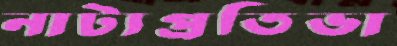
নাট্যপ্রতিভা